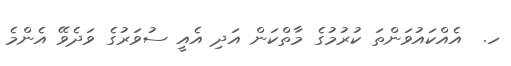
ހ.  އެއްކައުވަންތަ ކުރުމުގެ މާތްކަން އަދި އެއީ ސުވަރުގެ ވަދެވޭ އެންމެ